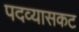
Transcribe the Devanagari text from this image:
पदव्यासकट